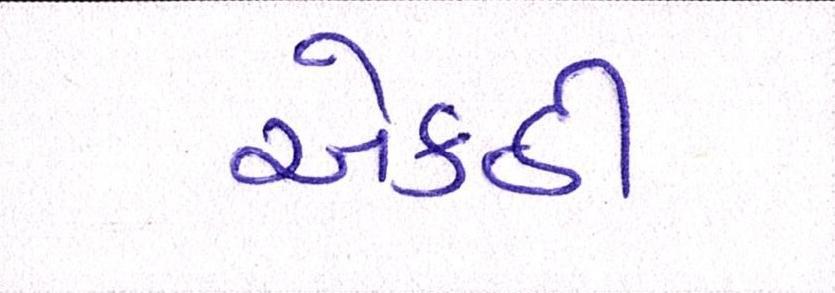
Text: એકઠી